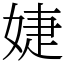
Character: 婕